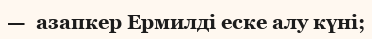
—  азапкер Ермилді еске алу күні;